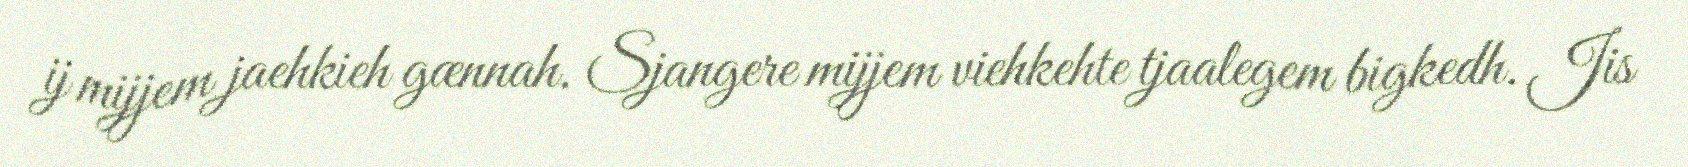
ij mijjem jaehkieh gænnah. Sjangere mijjem viehkehte tjaalegem bigkedh. Jis